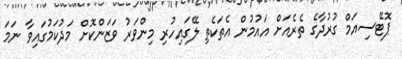
ޕޮޓޭސިއަމް ގުރުދާގެ ތެރެއަށް އައުމުން އެތަކެތި ލޭގައިހުރި މިންވަރު ވަޒަންކޮށް މަދުކަމުގައިވާ ނަމަ